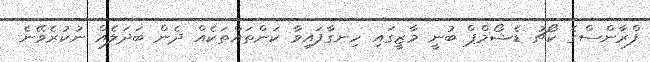
ފްރާންސްގެ ކޯޗު ޑެޝޯމްޕް ބުނީ މާޒީގައި ހިނގާފައިވާ ކަންތައްތަކެއް ދެން ބަދަލެއް ނުކުރެވޭނެ